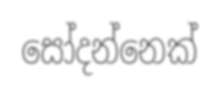
සෝදන්නෙක්